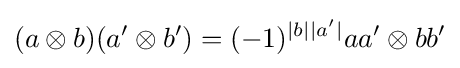
(a\otimes b)(a'\otimes b')=(-1)^{|b||a'|}aa'\otimes bb'